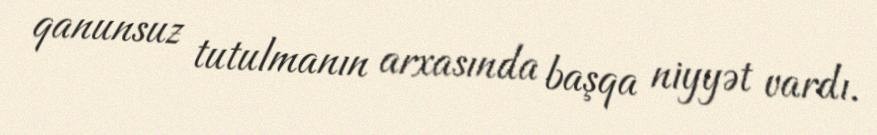
qanunsuz tutulmanın arxasında başqa niyyət vardı.